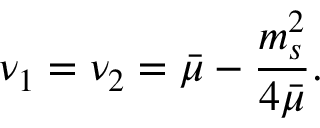
\nu _ { 1 } = \nu _ { 2 } = \bar { \mu } - \frac { m _ { s } ^ { 2 } } { 4 \bar { \mu } } .